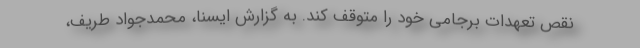
نقص تعهدات برجامی خود را متوقف کند. به گزارش ایسنا، محمدجواد طریف،